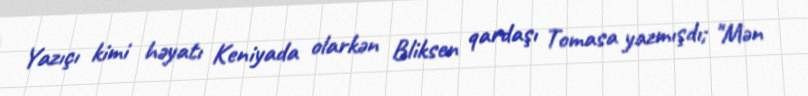
Yazıçı kimi həyatı Keniyada olarkən Bliksen qardaşı Tomasa yazmışdı; "Mən